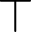
\intercal